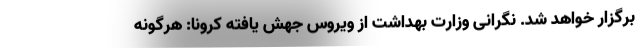
برگزار خواهد شد. نگرانی وزارت بهداشت از ویروس جهش یافته کرونا: هرگونه